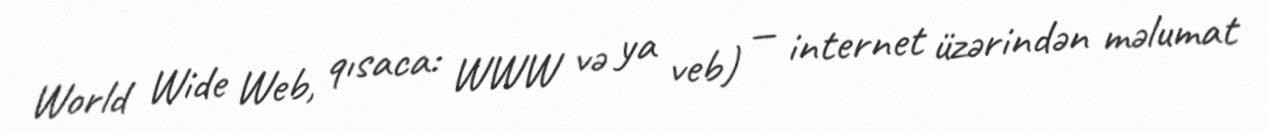
World Wide Web, qısaca: WWW və ya veb) — internet üzərindən məlumat